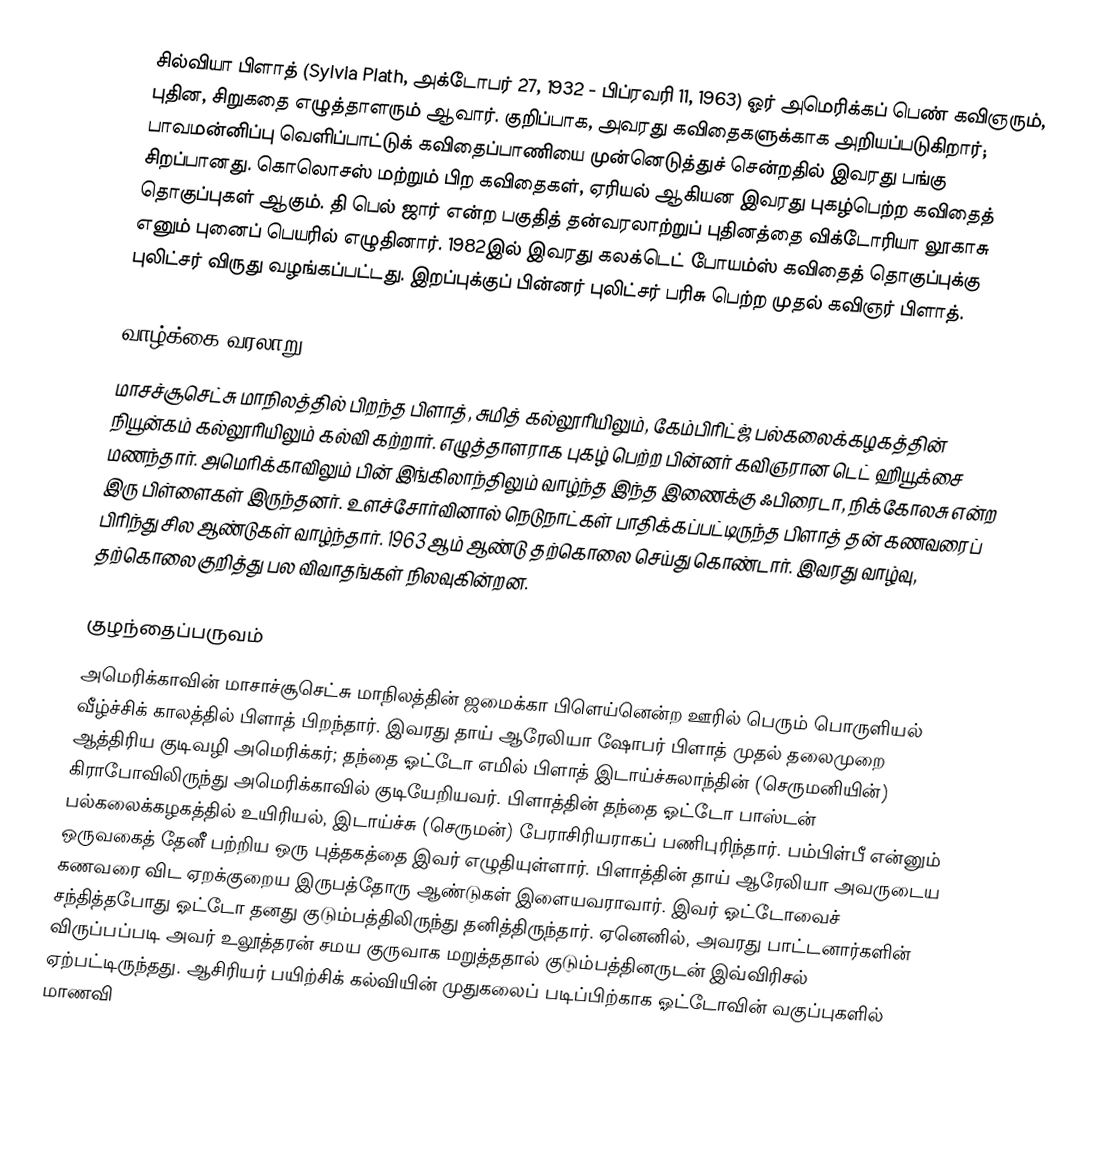
சில்வியா பிளாத் (Sylvia Plath, அக்டோபர் 27, 1932 - பிப்ரவரி 11, 1963) ஓர் அமெரிக்கப் பெண் கவிஞரும், புதின, சிறுகதை எழுத்தாளரும் ஆவார். குறிப்பாக, அவரது கவிதைகளுக்காக அறியப்படுகிறார்; பாவமன்னிப்பு வெளிப்பாட்டுக் கவிதைப்பாணியை முன்னெடுத்துச் சென்றதில் இவரது பங்கு சிறப்பானது. கொலொசஸ் மற்றும் பிற கவிதைகள், ஏரியல் ஆகியன இவரது புகழ்பெற்ற கவிதைத் தொகுப்புகள் ஆகும். தி பெல் ஜார் என்ற பகுதித் தன்வரலாற்றுப் புதினத்தை விக்டோரியா லூகாசு எனும் புனைப் பெயரில் எழுதினார். 1982இல் இவரது கலக்டெட் போயம்ஸ் கவிதைத் தொகுப்புக்கு புலிட்சர் விருது வழங்கப்பட்டது. இறப்புக்குப் பின்னர் புலிட்சர் பரிசு பெற்ற முதல் கவிஞர் பிளாத்.

வாழ்க்கை வரலாறு
மாசச்சூசெட்சு மாநிலத்தில் பிறந்த பிளாத், சுமித் கல்லூரியிலும், கேம்பிரிட்ஜ் பல்கலைக்கழகத்தின் நியூன்கம் கல்லூரியிலும் கல்வி கற்றார். எழுத்தாளராக புகழ் பெற்ற பின்னர் கவிஞரான டெட் ஹியூக்சை மணந்தார். அமெரிக்காவிலும் பின் இங்கிலாந்திலும் வாழ்ந்த இந்த இணைக்கு ஃபிரைடா,  நிக்கோலசு என்ற இரு பிள்ளைகள் இருந்தனர். உளச்சோர்வினால் நெடுநாட்கள் பாதிக்கப்பட்டிருந்த பிளாத் தன் கணவரைப் பிரிந்து சில ஆண்டுகள் வாழ்ந்தார். 1963 ஆம் ஆண்டு தற்கொலை செய்து கொண்டார். இவரது வாழ்வு, தற்கொலை குறித்து பல விவாதங்கள் நிலவுகின்றன.

குழந்தைப்பருவம்
அமெரிக்காவின் மாசாச்சூசெட்சு மாநிலத்தின் ஜமைக்கா பிளெய்னென்ற ஊரில்  பெரும் பொருளியல் வீழ்ச்சிக் காலத்தில் பிளாத் பிறந்தார். இவரது தாய் ஆரேலியா ஷோபர் பிளாத் முதல் தலைமுறை ஆத்திரிய குடிவழி அமெரிக்கர்; தந்தை ஓட்டோ எமில் பிளாத் இடாய்ச்சுலாந்தின் (செருமனியின்) கிராபோவிலிருந்து அமெரிக்காவில் குடியேறியவர். பிளாத்தின் தந்தை ஓட்டோ பாஸ்டன் பல்கலைக்கழகத்தில் உயிரியல், இடாய்ச்சு (செருமன்) பேராசிரியராகப் பணிபுரிந்தார். பம்பிள்பீ என்னும் ஒருவகைத் தேனீ பற்றிய ஒரு புத்தகத்தை இவர் எழுதியுள்ளார். பிளாத்தின் தாய் ஆரேலியா அவருடைய கணவரை விட ஏறக்குறைய இருபத்தோரு ஆண்டுகள் இளையவராவார். இவர் ஓட்டோவைச் சந்தித்தபோது ஓட்டோ தனது குடும்பத்திலிருந்து தனித்திருந்தார். ஏனெனில், அவரது பாட்டனார்களின் விருப்பப்படி அவர் உலூத்தரன் சமய குருவாக மறுத்ததால் குடும்பத்தினருடன் இவ்விரிசல் ஏற்பட்டிருந்தது. ஆசிரியர் பயிற்சிக் கல்வியின் முதுகலைப் படிப்பிற்காக ஓட்டோவின் வகுப்புகளில் மாணவி